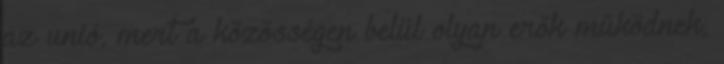
az unió, mert a közösségen belül olyan erők működnek,